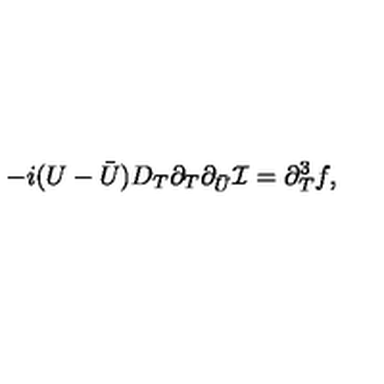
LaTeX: - i ( U - { \bar { U } } ) D _ { T } \partial _ { T } \partial _ { \bar { U } } { \cal I } = \partial _ { T } ^ { 3 } f ,